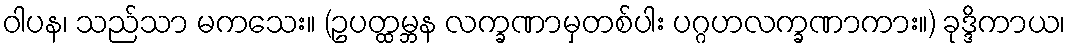
ဝါပန၊ သည်သာ မကသေး။ (ဥပတ္ထမ္ဘန လက္ခဏာမှတစ်ပါး ပဂ္ဂဟလက္ခဏာကား။) ခုဒ္ဒိကာယ၊